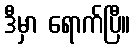
ဒီမှာ ရောက်ပြီ။